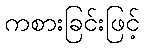
ကစားခြင်းဖြင့်